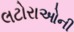
લટોરાઓની